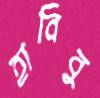
হাবিবু